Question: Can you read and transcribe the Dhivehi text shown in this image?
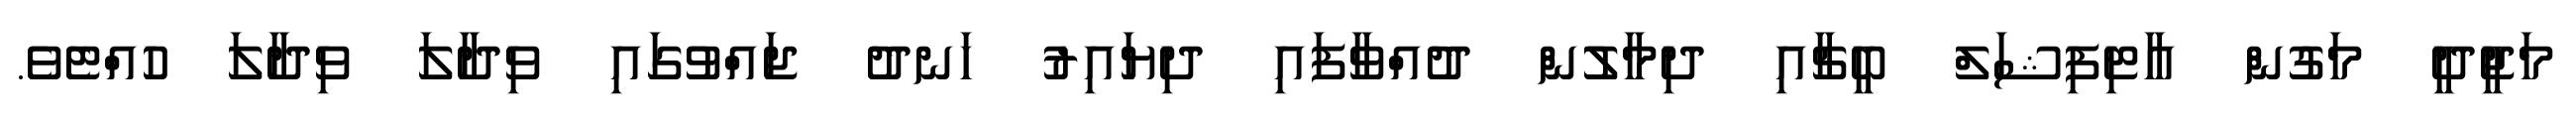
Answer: މަޖީދީ މަގުން އާޓިފިޝަލް ބީޗާއި ދިމާލުން ދުއްވާފައި ދިޔައިރު ހަނދު ޖައްވުގައި ވިދާލަ ވިދާލަ ހުއްޓެވެ.